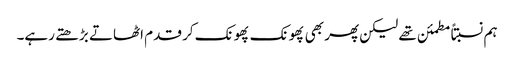
ہم نسبتاً مطمئن تھے لیکن پھر بھی پھونک پھونک کر قدم اٹھاتے بڑھتے رہے۔